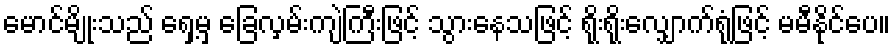
မောင်မျိုးသည် ရှေ့မှ ခြေလှမ်းကျဲကြီးဖြင့် သွားနေသဖြင့် ရိုးရိုးလျှောက်ရုံဖြင့် မမီနိုင်ပေ။